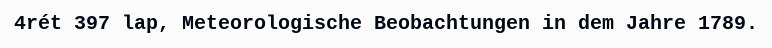
4rét 397 lap, Meteorologische Beobachtungen in dem Jahre 1789.